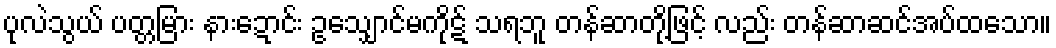
ပုလဲသွယ် ပတ္တမြား နားဍောင်း ဥသျှောင်မကိုဋ် သရဘူ တန်ဆာတို့ဖြင့် လည်း တန်ဆာဆင်အပ်ထသော။